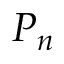
P _ { n }